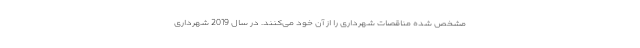
مشخص شده مناقصات شهرداری را از آن خود می‌کنند. در سال 2019 شهرداری